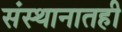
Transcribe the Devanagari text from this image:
संस्थानातही